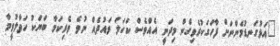
"އަޅުގަނޑުމެންނަށް ފާހަގަކުރެވިގެން މިދަނީ އެއްވެސް ކަހަލަ ވައުދެއް ނުވެ ވެރިކަމާ ބަޔަކު ހަވާލުވީމާ